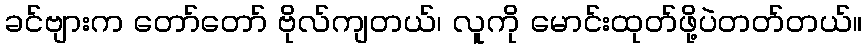
ခင်ဗျားက တော်တော် ဗိုလ်ကျတယ်၊ လူကို မောင်းထုတ်ဖို့ပဲတတ်တယ်။